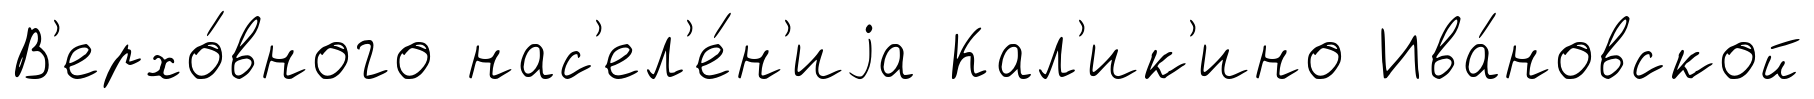
В'ерхо́вного нас'ел'е́н'иjа Кал'ик'ино Ива́новской